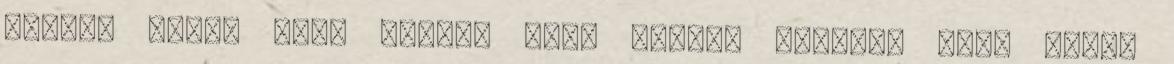
Mintha dühös lett volna. vagy inkább ideges? Vagy talán